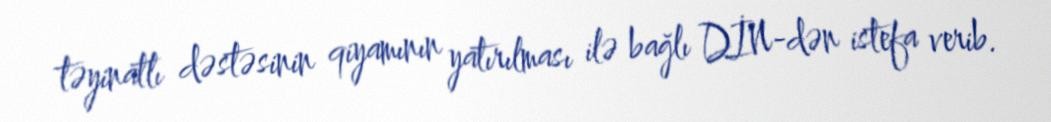
təyinatlı dəstəsinin qiyamının yatırılması ilə bağlı DİN-dən istefa verib.